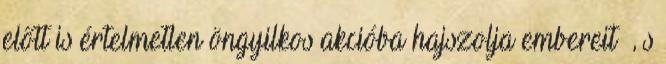
előtt is értelmetlen öngyilkos akcióba hajszolja embereit –, s